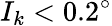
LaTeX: I_{k}<0.2^{\circ}